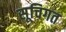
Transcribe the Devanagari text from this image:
सूचिगत